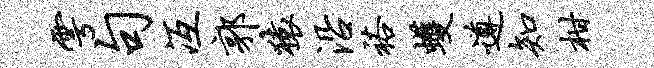
雩句冱郭猿沿裕蠖遵知柑